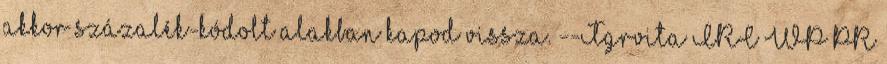
akkor százalék-kódolt alakban kapod vissza. --Tgrvita IRC WP PR